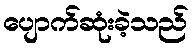
ပျောက်ဆုံးခဲ့သည်